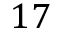
1 7